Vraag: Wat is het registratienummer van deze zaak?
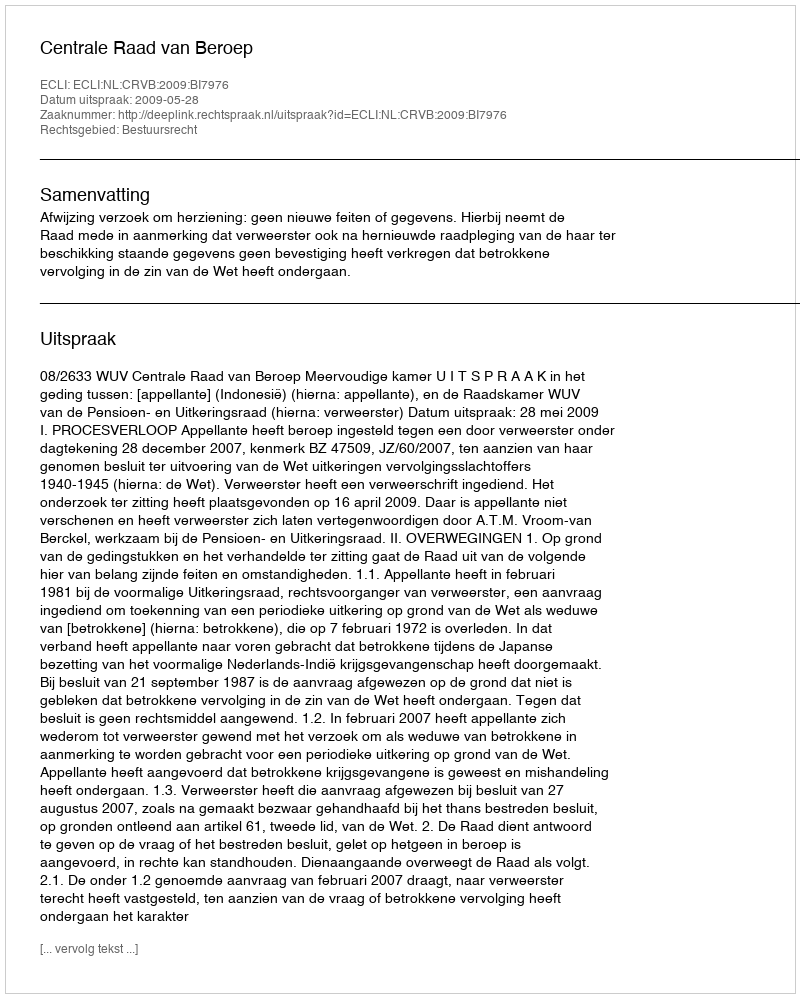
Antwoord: http://deeplink.rechtspraak.nl/uitspraak?id=ECLI:NL:CRVB:2009:BI7976